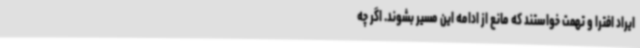
ایراد افترا و تهمت خواستند که مانع از ادامه این مسیر بشوند. اگر چه